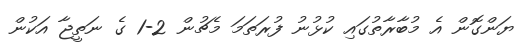
ޔަންގޮން އެ މުބާރާތުގައި ކުޅުނު ފުރަތަމަ މެޗުން 2-1 ގެ ނަތީޖާ އަކުން